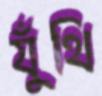
যুঁথি